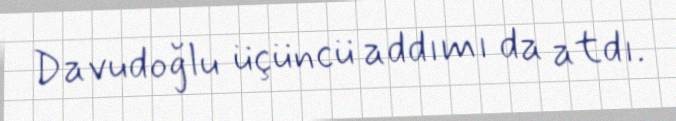
Davudoğlu üçüncü addımı da atdı.